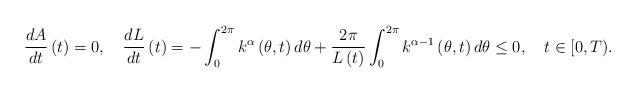
LaTeX: \begin{align*}\frac{dA}{dt}\left( t\right) =0,\ \ \ \frac{dL}{dt}\left( t\right)=-\int_{0}^{2\pi}k^{\alpha}\left( \theta,t\right) d\theta+\dfrac{2\pi}{{L}\left( t\right) }\int_{0}^{2\pi}k^{\alpha-1}\left( \theta,t\right)d\theta\leq0,\ \ \ t\in\lbrack0,T). \end{align*}